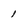
Character: 1